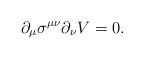
LaTeX: \begin{align*}\partial_{\mu}\sigma^{\mu \nu} \partial_{\nu}V = 0.\end{align*}